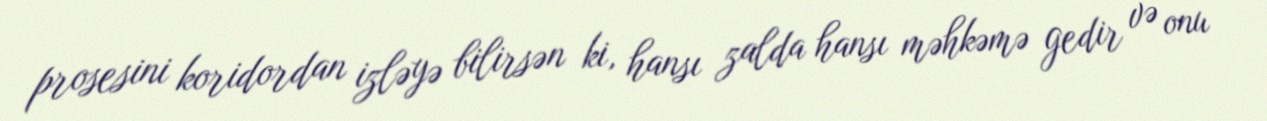
prosesini koridordan izləyə bilirsən ki, hansı zalda hansı məhkəmə gedir və onu